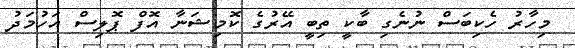
މިހާރު ހެކިބަސް ނުނެގި ބާކީ ތިބީ އޭރުގެ ކޮމިޝަނާ އޮފް ޕޮލިސް އަހުމަދު